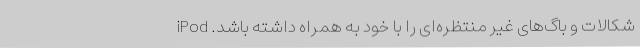
شکالات و باگ‌های غیر منتظره‌ای را با خود به همراه داشته باشد. iPod